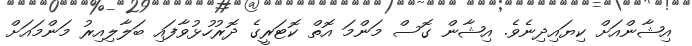
އިޝާންއަށް ކިޔައިދިނެވެ. އިޝާން ގޮސް މަންމަ އޮތް ކޮޓަރީގެ ދޮރުހުޅުވާފައި ބަލާލިއިރު މަންމައަށް